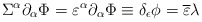
\begin{align*}\Sigma ^{\alpha} \partial_{\alpha} \Phi= \varepsilon^{\alpha}\partial_{\alpha}{\Phi} \equiv \delta_{\epsilon}\phi={\overline \varepsilon} \lambda\end{align*}